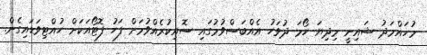
މުހައްމަދު ޝައިނީ މިދިޔަ ހޯމަ ދުވަހު އެއްބަސްވުމުގައި ސޮއިކުރެއްވުމަށް ފަހު ފޮޓޯއަކަށް ހުއްޓިވަޑައިގެން.